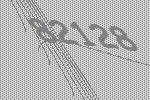
82128